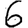
Digit: 6